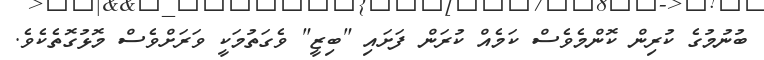
ބުނުމުގެ ކުރިން ކޮންމެވެސް ކަމެއް ކުރަން ފަށައި "ބިޒީ" ވެގަތުމަކީ ވަރަށްވެސް މޮޅުގޮތެކެވެ.